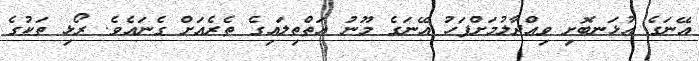
އޭނަގެ އުޅަނބޮށި ވިއްދާލުމަށްފަހު އޭނަގެ މޫނު އަތްތިލައިގެ ތެރެއަށް ގެނައެވެ. ރޯޅި ތަކުގެ